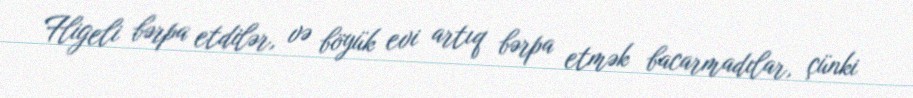
Fligeli bərpa etdilər, və böyük evi artıq bərpa etmək bacarmadılar, çünki